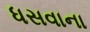
ધસવાના